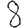
Digit: 8